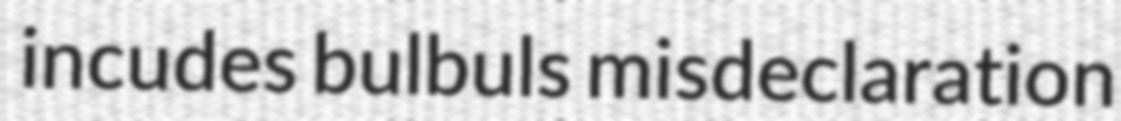
incudes bulbuls misdeclaration